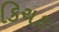
કિચક